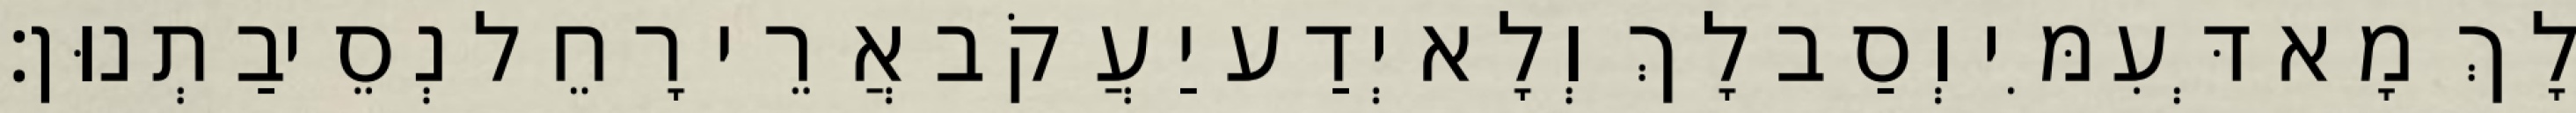
לָךְ מָא דְּעִמִּי וְסַב לָךְ וְלָא יְדַע יַעֲקֹב אֲרֵי רָחֵל נְסֵיבַתְנוּן׃